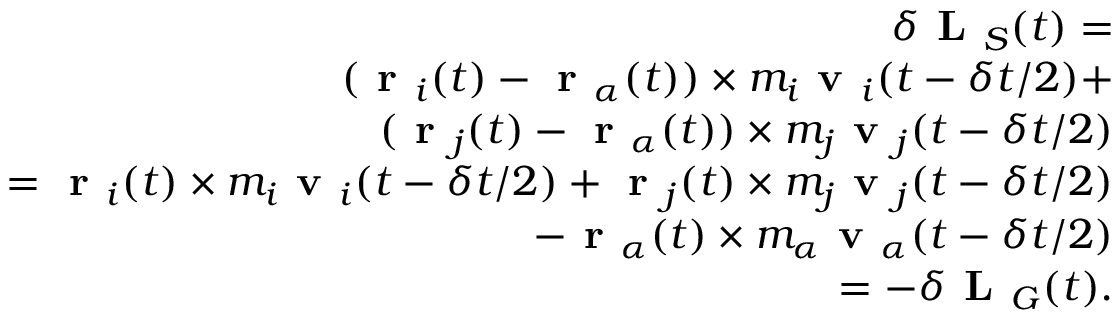
\begin{array} { r } { \delta \textbf { L } _ { S } ( t ) = } \\ { ( \textbf { r } _ { i } ( t ) - \textbf { r } _ { \alpha } ( t ) ) \times m _ { i } \textbf { v } _ { i } ( t - \delta t / 2 ) + } \\ { ( \textbf { r } _ { j } ( t ) - \textbf { r } _ { \alpha } ( t ) ) \times m _ { j } \textbf { v } _ { j } ( t - \delta t / 2 ) } \\ { = \textbf { r } _ { i } ( t ) \times m _ { i } \textbf { v } _ { i } ( t - \delta t / 2 ) + \textbf { r } _ { j } ( t ) \times m _ { j } \textbf { v } _ { j } ( t - \delta t / 2 ) } \\ { - \textbf { r } _ { \alpha } ( t ) \times m _ { \alpha } \textbf { v } _ { \alpha } ( t - \delta t / 2 ) } \\ { = - \delta \textbf { L } _ { G } ( t ) . } \end{array}